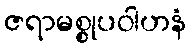
ဇရာမစ္စုပဝါဟနံ